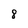
Character: 8